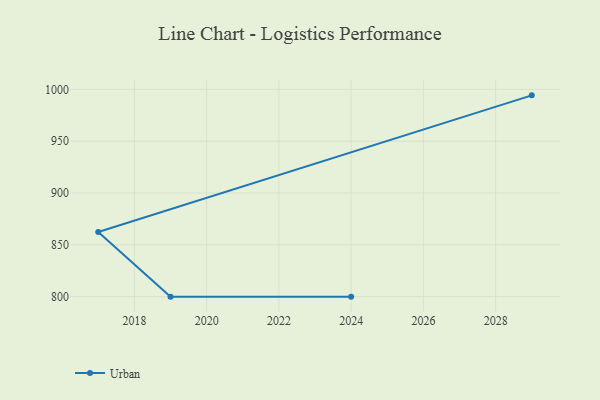
{"axis": {"x": "Year", "y": "Active Users"}, "legend": ["Urban"], "data": [{"x": "2029", "y": 994.2, "type": "Urban"}, {"x": "2017", "y": 862.4, "type": "Urban"}, {"x": "2019", "y": 800, "type": "Urban"}, {"x": "2024", "y": 800, "type": "Urban"}]}